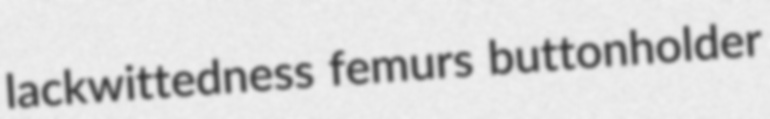
lackwittedness femurs buttonholder